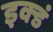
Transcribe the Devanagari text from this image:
इक्डं